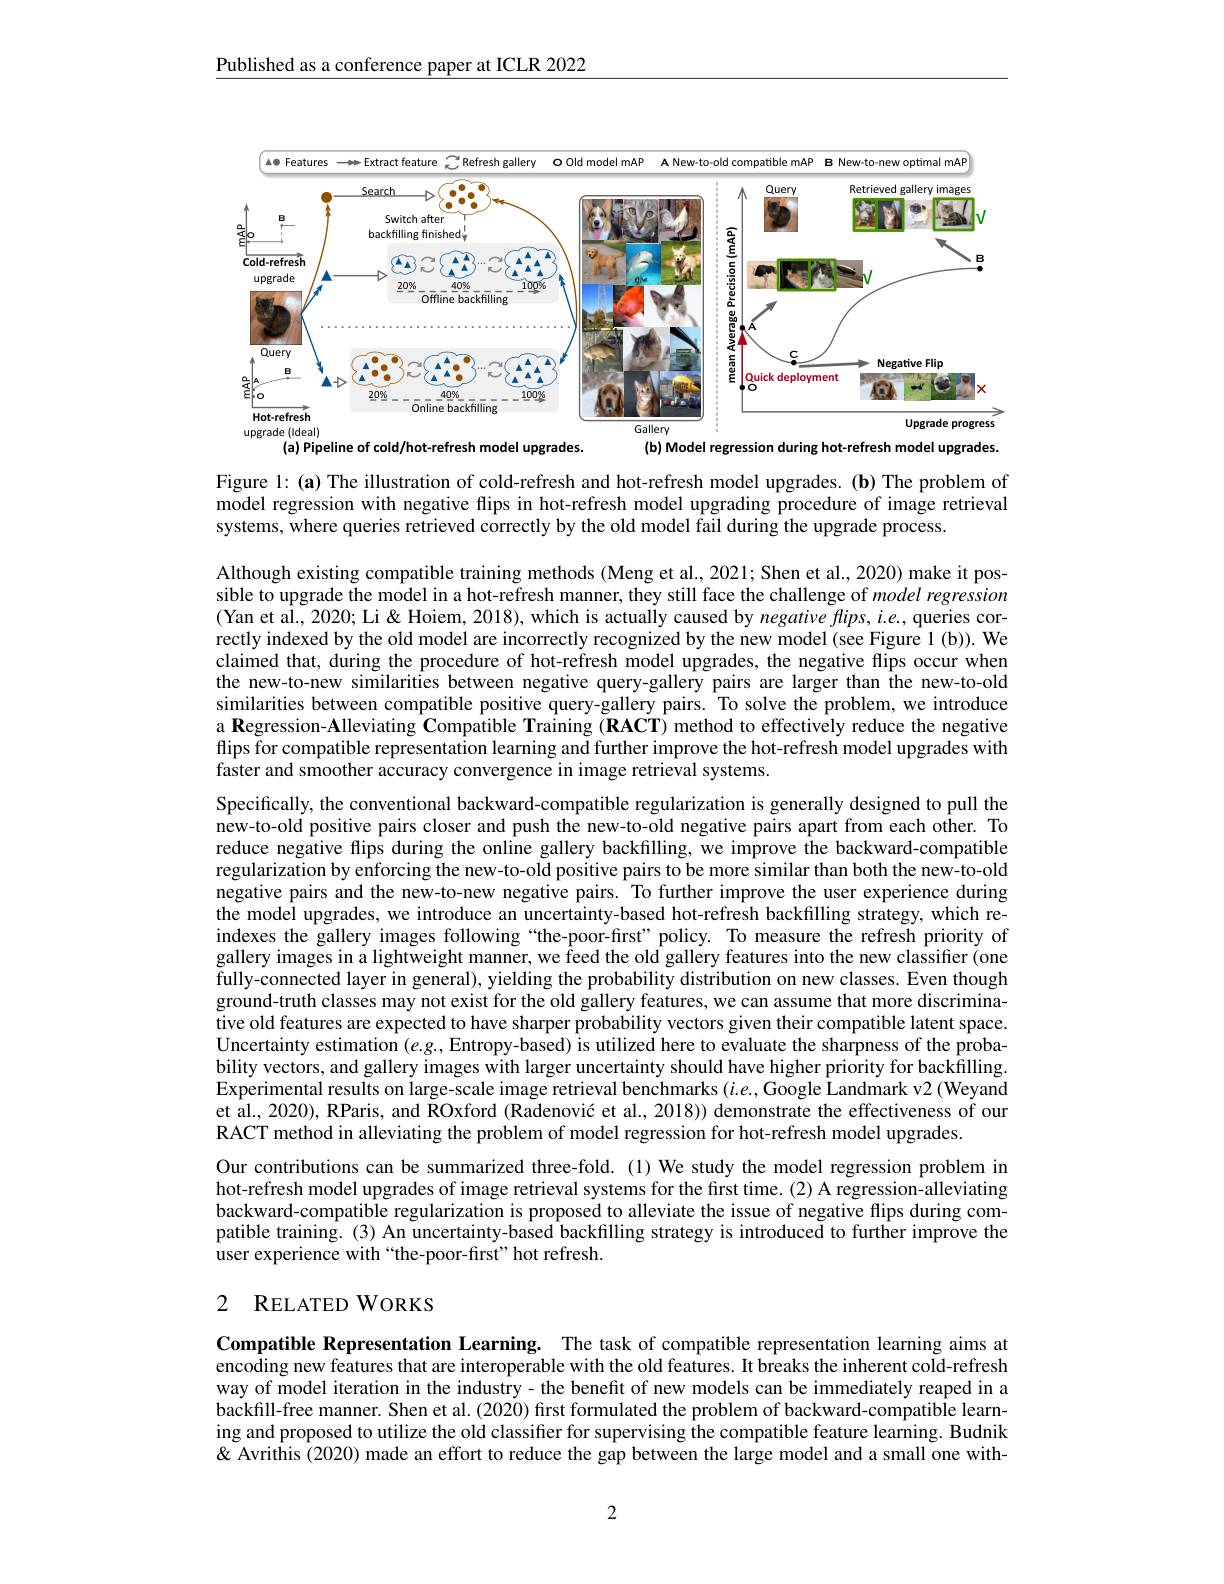
Published as a conference paper at ICLR 2022

<FigureHere>

Figure 1: (a) The illustration of cold-refresh and hot-refresh model upgrades. (b) The problem of model regression with negative flips in hot-refresh model upgrading procedure of image retrieval systems, where queries retrieved correctly by the old model fail during the upgrade process.

Although existing compatible training methods (Meng et al., 2021; Shen et al., 2020) make it possible to upgrade the model in a hot-refresh manner, they still face the challenge of model regression (Yan et al., 2020; Li & Hoiem, 2018), which is actualiy caused by negative flips, i.e., queries correctly indexed by the old model are incorrectly recognized by the new model(see Figure 1(b)). We claimed that, during the procedure of hot-refresh model upgrades, the negative flips occur when the new-to-new similarities between negative query-gallery pairs are larger than the new-to-old similarities between compatible positive query-gallery pairs. To solve the problem, we introduce a Regression-Alleviating Compatible Training (RACT) method to effectively reduce the negative flips for compatible representation learning and further improve the hot-refresh model upgrades with faster and smoother accuracy convergence in image retrieval systems.

Specifically, the conventional backward-compatible regularization is generally designed to pull the new-to-old positive pairs closer and push the new-to-old negative pairs apart from each other. To reduce negative flips during the online gallery backfilling, we improve the backward-compatible regularization by enforcing the new-to-old positive pairs to be more similar than both the new-to-old negative pairs and the new-to-new negative pairs. To further improve the user experience during the model upgrades, we introduce an uncertainty-based hot-refresh backfilling strategy, which reindexes the gallery images following“the-poor-first”policy. To measure the refresh priority of gallery images in a lightweight manner, we feed the old gallery features into the new classifier (one fully-connected layer in general), yielding the probability distribution on new classes. Even though ground-truth classes may not exist for the old gallery features, we can assume that more discriminative old features are expected to have sharper probability vectors given their compatible latent space. Uncertainty estimation $(e.g.$, Entropy-based) is utilized here to evaluate the sharpness of the probability vectors, and gallery images with larger uncertainty should have higher priority for backfilling. Experimental results on large-scale image retrieval benchmarks $( i. e. $,Google Landmark v2( Weyand) et al., 2020), RParis, and ROxford (Radenović et al., 2018)) demonstrate the effectiveness of our RACT method in alleviating the problem of model regression for hot-refresh model upgrades.
Our contributions can be summarized three-fold.(1) We study the model regression problem in hot-refresh model upgrades of image retrieval systems for the first time.(2) A regression-alleviating backward-compatible regularization is proposed to alleviate the issue of negative flips during compatible training. (3) An uncertainty-based backfilling strategy is introduceđ to further improve the user experience with“the-poor-first”hot refresh.
2 $\mathbf{R} _{\mathrm{ELATED}}$WORKS

Compatible Representation Learning. The task of compatible representation learning aims at encoding new features that are interoperable with the old features. It breaks the inherent cold-refresh way of model iteration in the industry - the benefit of new models can be immediately reaped in a backfill-free manner. Shen et al.(2020) first formulated the problem of backward-compatible learning and proposed to utilize the old classifier for supervising the compatible feature learning. Budnik & Avrithis (2020) made an effort to reduce the gap between the large model and a small one with-

2